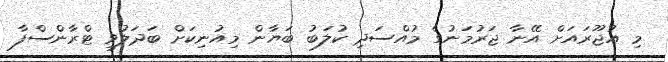
މި އުޖޫރައަށް އޭނާ ޖަރުމަނުގެ މުއްސަދި ކުލަބު ބަޔާން މިއުނިކަށް ބަދަލުވީ ޓްރާންސްފާ